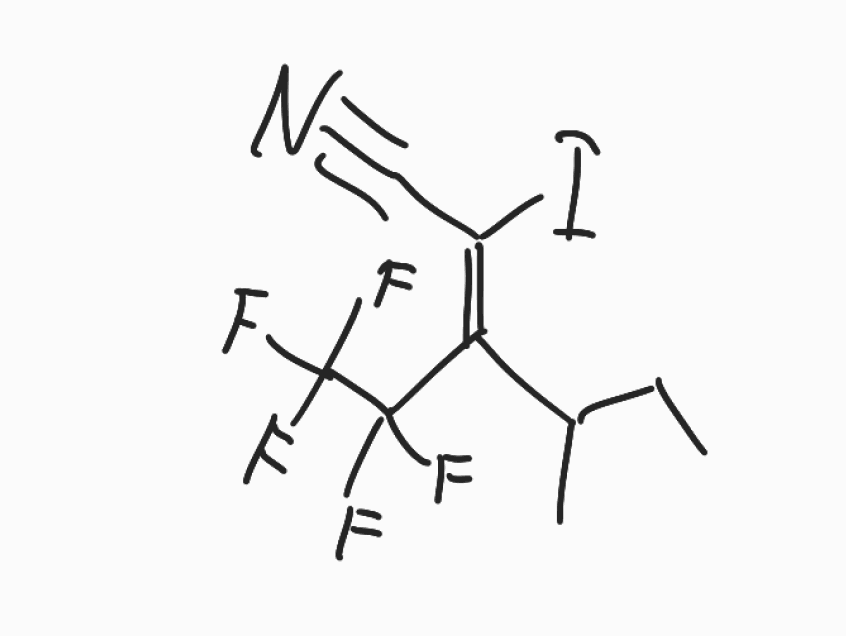
Simplified molecular-input line-entry system (SMILES) notation of the given molecule:
CCC(C)/C(=C(/C#N)\I)/C(C(F)(F)F)(F)F